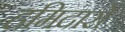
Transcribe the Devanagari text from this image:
हमिदारों